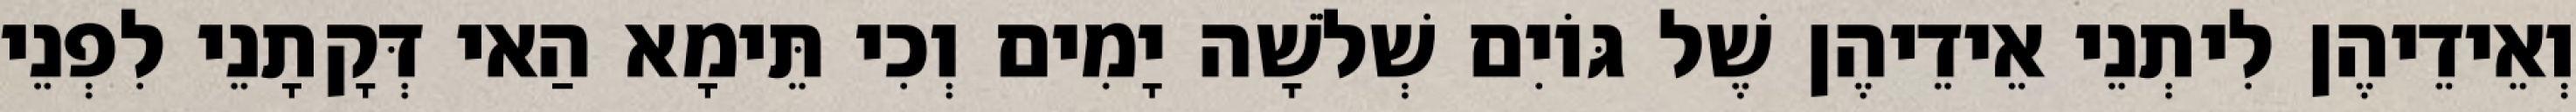
וְאֵידֵיהֶן לִיתְנֵי אֵידֵיהֶן שֶׁל גּוֹיִם שְׁלֹשָׁה יָמִים וְכִי תֵּימָא הַאי דְּקָתָנֵי לִפְנֵי